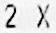
2 X